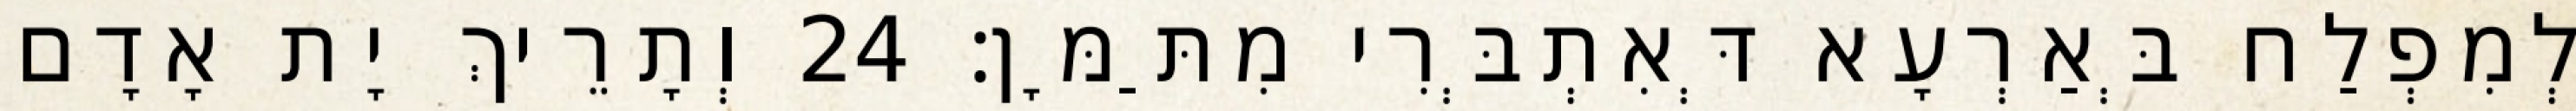
לְמִפְלַח בְּאַרְעָא דְּאִתְבְּרִי מִתַּמָּן׃ 24 וְתָרֵיךְ יָת אָדָם